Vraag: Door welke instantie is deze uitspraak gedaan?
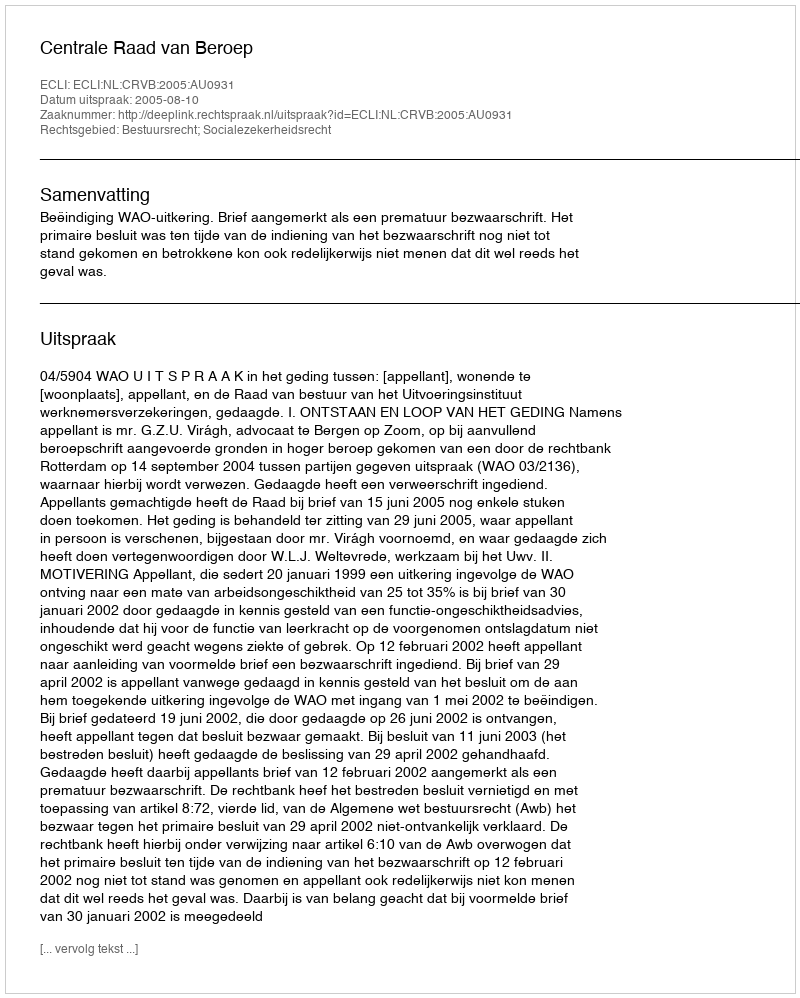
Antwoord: Centrale Raad van Beroep